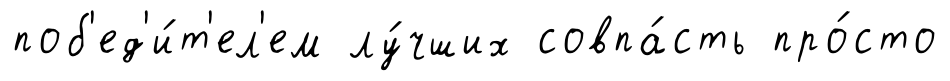
поб'ед'и́т'ел'ем лу́чших совпа́сть про́сто